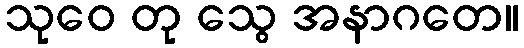
သုဝေ တု သွေ အနာဂတေ။